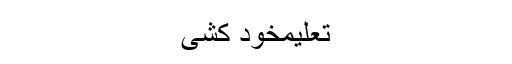
تعلیمخود کشی